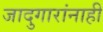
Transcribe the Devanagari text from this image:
जादुगारांनाही